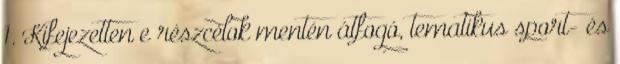
1. Kifejezetten e részcélok mentén átfogó, tematikus sport- és